Vital statistics of India. Vol. IV, Annual returns from 1871 to 1876. British Army of India, Native Army and jails of Bengal
Year: 1871
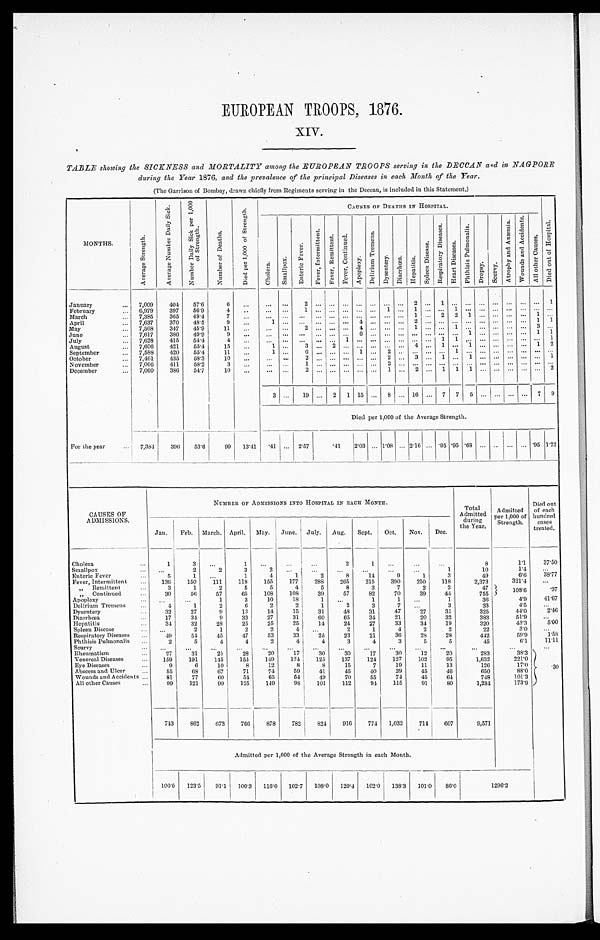
EUROPEAN TROOPS, 1876.
XIV.
TABLE showing the SICKNESS and MORTALITY among the EUROPEAN TROOPS serving in the DECCAN and in NAGPORE
during the Year 1876, and the prevalence of the principal Diseases in each Month of the Year.
(The Garrison of Bombay, drawn chiefly from Regiments serving in the Deccan, is included in this Statement.)
.
MONTHS.
A v e r a g e S t r e n g t h .
A v e r a g e N u m b e r D a i l y
S i c k .
N u m b e r D a i l y S i c k p e r 1 , 0 0 0 o f S t r e n g t h .
N u m b e r o f D e a t h s .
D i e d p e r 1 , 0 0 0 o f S t r e n g t h .
CAUSES OP DEATHS IN HOSPITAL.
_
C h o l e r a . S m a l l p o x .
E n t e r i c F e v e r .
F e v e r , I n t e r m i t t e n t .
F v e r e s , R e m i t t e n t .
F e v e r e s , C o n t i n u e d .
A p o p l e x y .
D e l i r i u m T r e m e n s .
D y s e n t e r y . D i a r r h œ a . H e p a t i t i s .
S p l e e n D i s e a s e .
R e s p i r a t o r y D i s e a s e s .
H e a r t D i s e a s e s .
P h t h s i s P u l m o n a l i s .
D r o p s y . S c u r v y .
A t r o p h y a n d
A n æ m i a .
W o u n d s a n d A c c i d e n t s .
A l l o t h e r C a u s e s .
D i e d o u t o f H o s p i t a l .
January
... 7,009
404
57.6
6
...
... ...
2
. . . . . . . . . . . . . . .
. . . . . .
2
. . .
1
. . .
. . . . . .
. . . . . .
. . .
... 1
February
...
,
6,979
397
56.9
4
. . . ... ...
1 . . . . . . . . . . . . . . .
1 . . . 1
. . . . . . 1
. . . . . .
. . . . . .
. . . . . .
. . .
March
... 7,385
365
49.4
7
. . . ..
. . . ... ... ... ... ... ... ...
1 . . . 2 2
1 . . .
. . . . . .
. . . 1
. . .
April
... 7,637
370
48.5
9
. . .
1 . . .
. . . . . . . . . . . . 4 . . .
. . . . . .
2 . . . . . . . . .
. . . . . .
. . . . . .
. . . 1
1
May
... 7,568
347
45'9
11
...
...
. . .
2 ... ...
. . . 4 . . .
. . . . . .
1 . . . . . . 1
. . . . . .
. . . . . . .
. . . 3
. . .
June
... 7,617
380
49.9
9
...
...
. . .
. . . ... ... ... 6
. . .
. . . . . .
. . . . . . . . . . . . 1
. . .
. . . ... ... 1 1
July
... 7,628
415
54.4
4
. . .
. . . . . .
. . . . . . . . . 1
. . . . . .
. . . . . . ...
. . . 1 1
. . . . . .
. . . . . .
. . . . . . 1
August
... 7,606
421
55'4
15 ...
1
. . .
3 . . . 2
. . . . . . . . .
. . . . . .
4 . . . 1 . . .
1 . . .
. . . . . .
. . . 1
2
September
... 7,588
420
55.4
11
. . .
1 . . .
6 . . . . . . . . . 1 . . .
2 . . .
. . . . . . . . . 1
. . . . . .
. . . . . .
. . . . . .
. . .
October
... 7,461
435
58.3
10
...
. . . . . .
2 . . . . . . . . . . . . . . .
2 . . .
3 . . . 1 . . .
1 . . .
. . . . . .
. . . . . .
1
November
. . . 7,006
411
58.2
3
. . . ...
. . .
1 . . . . . . . . . . . . . . .
2 . . .
. . . . . . . . . . . .
. . . . . .
. . . ... ... ... ...
December
... 7,060
386
54.7
10
...
... ...
2 ... . ... ...
. . . 1 ... 2 ... 1 1
1
. . .
. . .
.......... . . . . . .
2
3 ...
19 ... 2 1 15 ... 8 ... 16 ... 7 7 5 ...
. . .
. . . . . . 7 9
Died per 1,000 of the Average Strength.
For the year
. . . 7,384
396
53.6
99 13.41
. 4 1 ... 2.57
.41
2.03 ... 1.08 ... 2.16 ... .95 .95 .68 ... ... ... ... .95 1.22
CAUSES OF
A MISSIONS.
NUMBER OF ADMISSIONS INTO HOSPITAL IN EACH MONTH.
Total
Admitted
during,
the Year.
Admitted
per 1,000 of
Strength.
Died out,
of each
hundred
cases
treated.
Jan.
Feb. March. April. May. June. July, Aug. Sept. Oct.
Nov. Dec.
Cholera
...
1
3
. . .
1
. . .
. . .
. . .
2
1
. . .
...
...
8
1.1
37.50
Smallpox
. . . ...
2
2
3
2
...
...
...
...
...
...
1
10
1.4
. . .
Enteric Fever
. . .
5
1
. . .
1
4
1
2
8
14
9
1
3
49
6.6
38. 77
Fever, Intermittent
. . . 136
150
111
118
155
177
28S
265
215
390
250
118
2,373
321.4
...
„ Remi t t ent t ent
...
3
1
2
5
5
4
5
8
3
7
2
2
47
108.6
.37
„ Continued
. . .
30
56
57
65
108
108
39
57
82
70
39
44
755
Apoplexy
...
. . .
...
1
3
10
18
1
. . .
1
1
...
1
36
4.9
41.67
Delirium Tremens
...
4
1
2
6
2
2
1
2
3
7
. . .
3
33
4.5
...
Dysentery
...
32
27
9
13
14
15
31
48
31
47
27
31
325
44.0
2. 46
Diarrhœa
. . .
17
34
9
33
27
31
60
65
34
21
20
32
383
51.9
. . .
Hepatitis
. . .
34
32
28
25
25
25
14
24
27
33
34
19
320
43.3
5. 00
Spleen Disease
...
. . .
2
1
2
2
4
. . .
2
1
4
2
2
22
3.0
. . .
Respiratory Diseases ...
49
54
45
47
53
33
25
23
21
36
28
28
442
59.9
1.58
Pht hi si s Pul monal i s
. . .
2
5
4
4
2
4
4
3
4
3
5
5
45
6.1
11.11
S c u r v y
. . .
. . .
...
..
. . .
. . .
. . .
. . .
. . .
. . .
...
. . . ...
. . .
. . .
. . .
Rheumatism
. . .
27
31
21
28
20
17
30
30
17
30
12
20
283
38.3
30
Venereal Diseases
. . . 159
191
145
154
149
124
125
137
124
127
102
95
1,632
221.0
Eye Diseases
. . .
9
6
10
8
12
8
8
15
7
19
11
13
126
17.0
Abscess and Ulcer
...
55
68
67
71
74
59
41
45
40
39
45
46
650
88.0
Wounds and Accidents ...
81
77
6 0
54
65
54
49
70
55
74
45
64
748
101.3
All other Causes
...
99
121
99
125
149
98
101
112
94
115
91
8 0
1,281
173.9
743
862
673
766
878
782
824
916
774 1,032
714
607
9,571
dmitted per 1,000 of the Average Strength in each Month.
106.0 123.5 91.1 100'3 116'0 102.7 108'0 120.4 102.0 138'3
1 0 1 . 0
86.0
1296.2